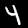
Digit: 4